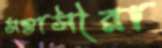
সন্তাসীরা